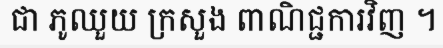
ជា ភូឈួយ ក្រសួង ពាណិជ្ជការវិញ ។